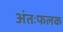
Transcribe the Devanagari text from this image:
अंतःफलक